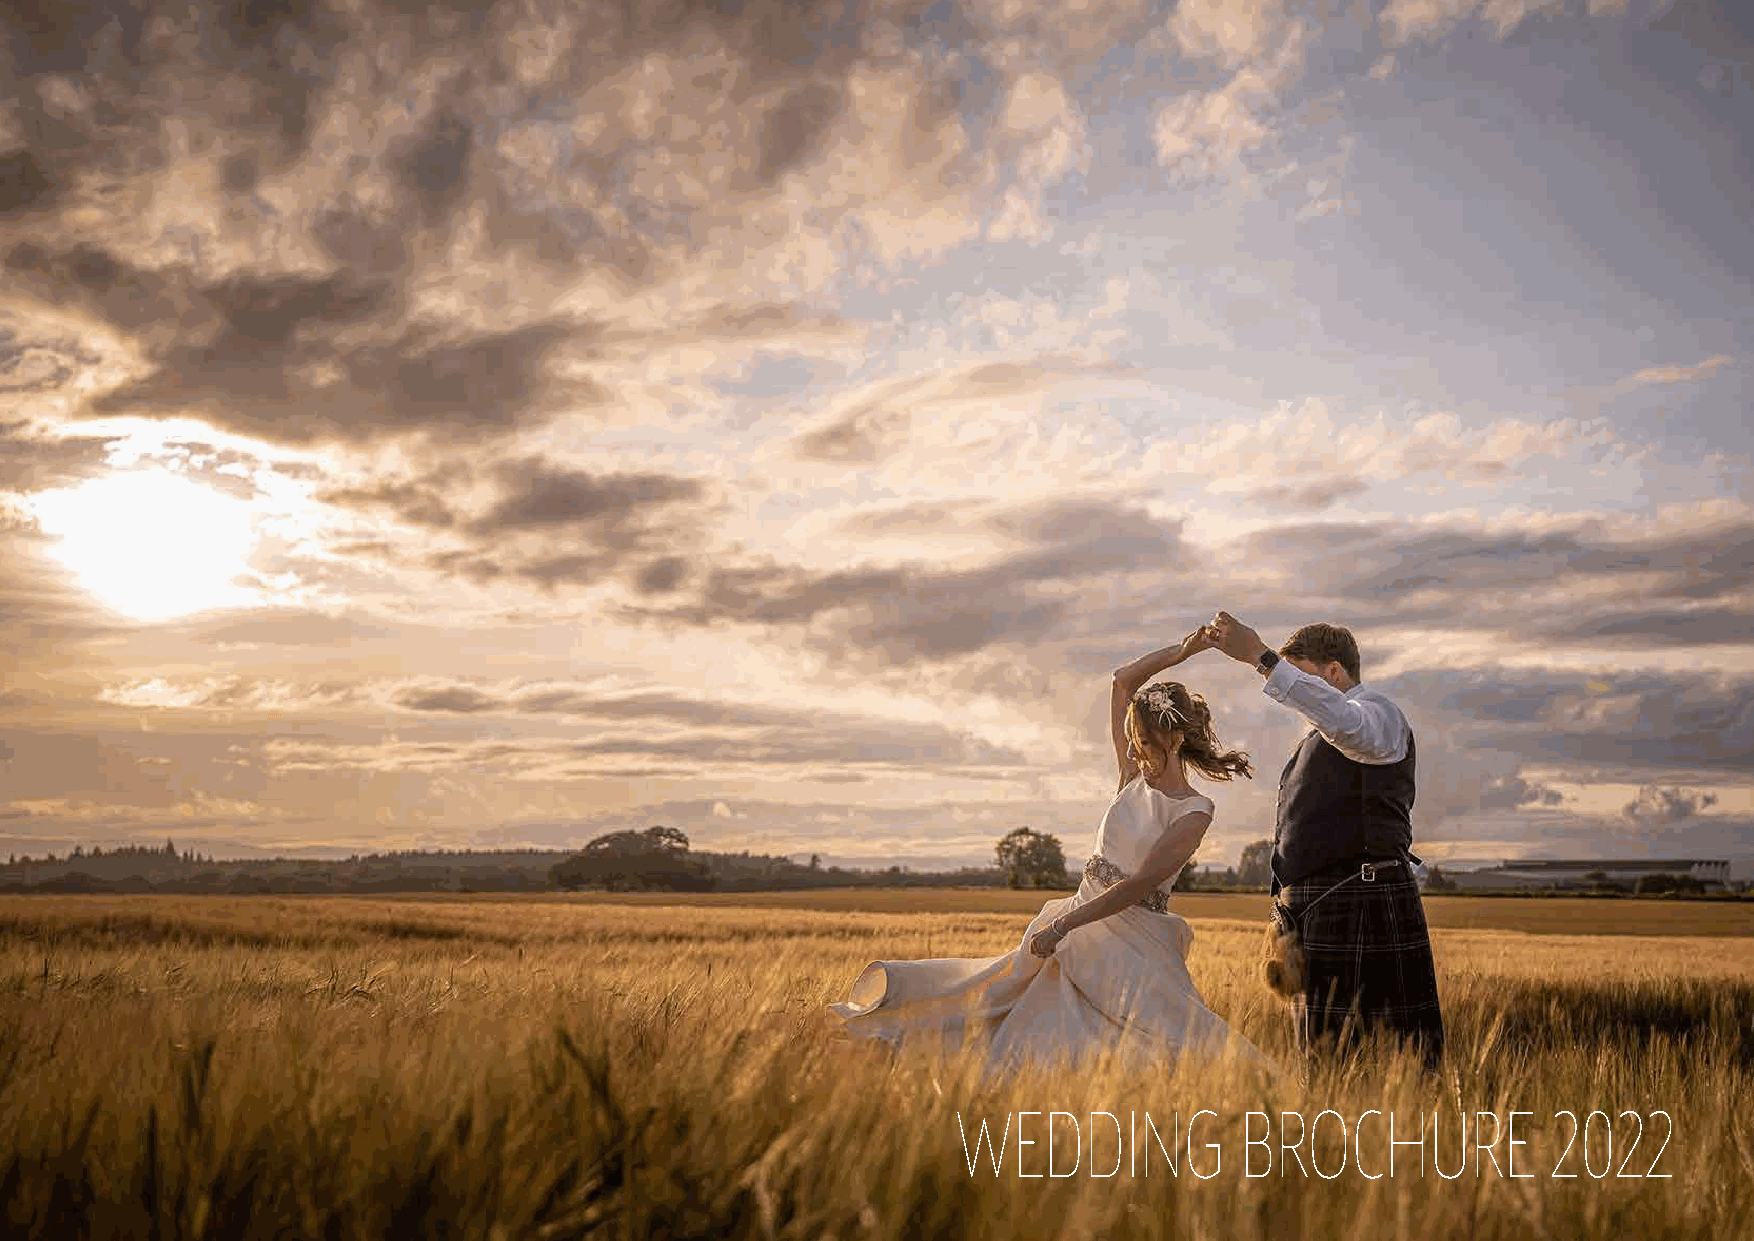
WEDDING            BROCHURE             2022